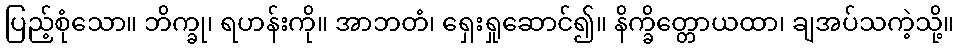
ပြည့်စုံသော။ ဘိက္ခု၊ ရဟန်းကို။ အာဘတံ၊ ရှေးရှုဆောင်၍။ နိက္ခိတ္တောယထာ၊ ချအပ်သကဲ့သို့။